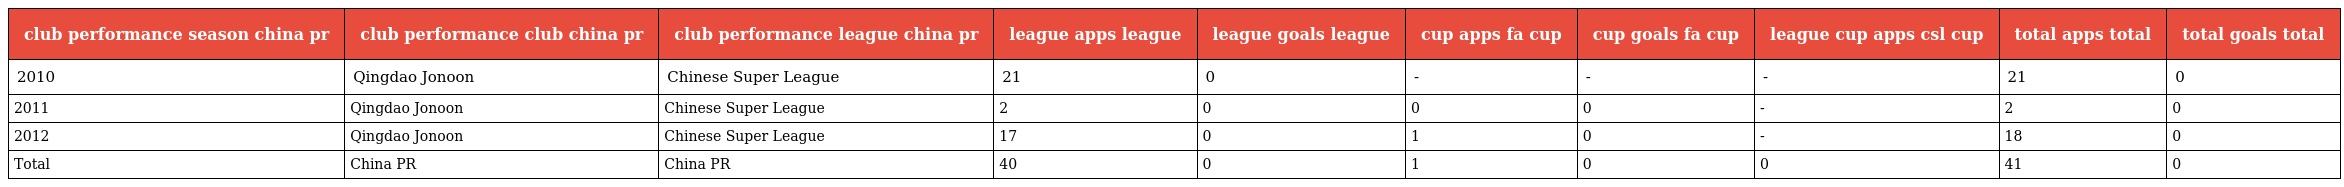
| club performance season china pr | club performance club china pr | club performance league china pr | league apps league | league goals league | cup apps fa cup | cup goals fa cup | league cup apps csl cup | total apps total | total goals total |
 | --- | --- | --- | --- | --- | --- | --- | --- | --- | --- |
 | 2010 | Qingdao Jonoon | Chinese Super League | 21 | 0 | - | - | - | 21 | 0 |
 | 2011 | Qingdao Jonoon | Chinese Super League | 2 | 0 | 0 | 0 | - | 2 | 0 |
 | 2012 | Qingdao Jonoon | Chinese Super League | 17 | 0 | 1 | 0 | - | 18 | 0 |
 | Total | China PR | China PR | 40 | 0 | 1 | 0 | 0 | 41 | 0 |